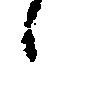
候